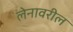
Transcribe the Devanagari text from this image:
लेनावरील